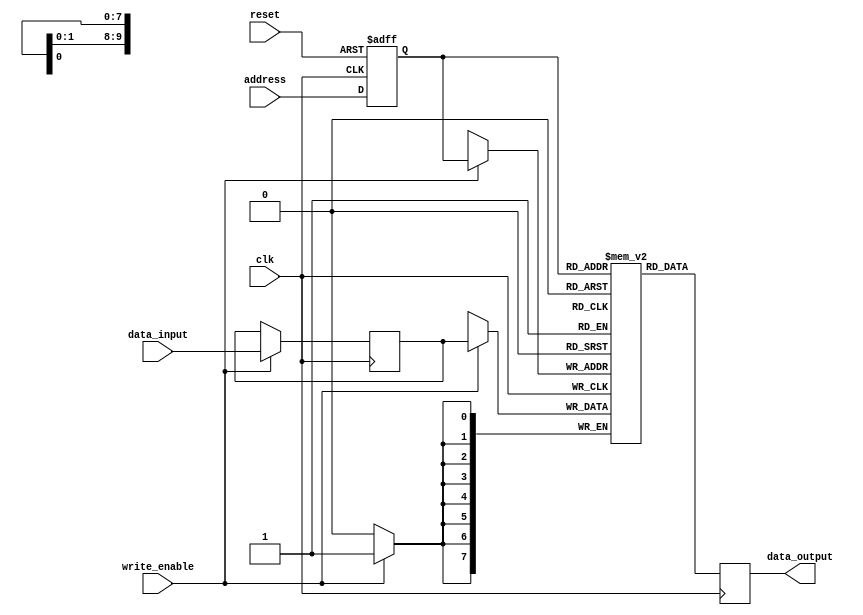
module DDR_SDRAM (
    input wire clk,
    input wire reset,
    input wire write_enable,
    input wire [7:0] data_input,
    input wire [9:0] address,
    output wire [7:0] data_output
);

// Define memory array
reg [7:0] memory [0:1023];

// Define buffers for data input and output
reg [7:0] in_buffer;
reg [7:0] out_buffer;

// Address decoding logic
reg [9:0] decoded_address;
always @ (posedge clk or posedge reset) begin
    if (reset) begin
        decoded_address <= 0;
    end else begin
        decoded_address <= address;
    end
end

// Data input buffer logic
always @ (posedge clk) begin
    if (write_enable) begin
        in_buffer <= data_input;
    end
end

// Data output buffer logic
always @ (posedge clk) begin
    out_buffer <= memory[decoded_address];
end

// Read and write operations logic
always @ (posedge clk) begin
    if (write_enable) begin
        memory[decoded_address] <= in_buffer;
    end
end

assign data_output = out_buffer;

endmodule